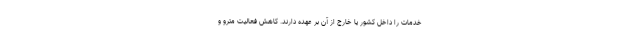
خدمات را داخل کشور یا خارج از آن بر عهده دارند. کاهش فعالیت مترو و